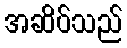
အဆိပ်သည်